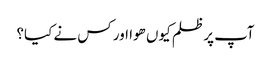
آپ پر ظلم کیوں ھوا اور کس نے کیا؟